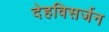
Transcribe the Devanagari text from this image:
देहविसर्जन